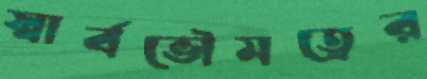
স্বার্বভৌমত্বের